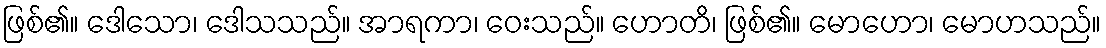
ဖြစ်၏။ ဒေါသော၊ ဒေါသသည်။ အာရကာ၊ ဝေးသည်။ ဟောတိ၊ ဖြစ်၏။ မောဟော၊ မောဟသည်။